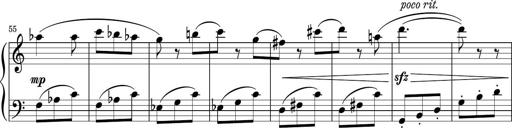
Title: Sonatina PandemÃ³nium
Composer: VÃ­ctor Carbajo
Key: C major